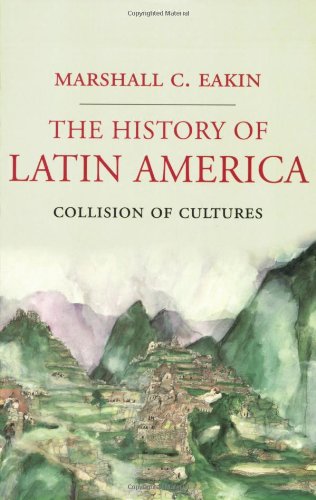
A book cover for The History of Latin America: Collision of Cultures (Palgrave Essential Histories Series); Marshall C. Eakin; History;